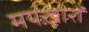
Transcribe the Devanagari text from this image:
मयख़ारों